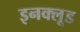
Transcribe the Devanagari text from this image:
इनक्लूड